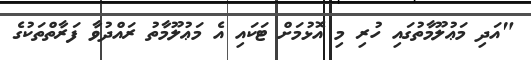
"އަދި މަޢުލޫމާތުގައި ހުރި މި އޮޅުމަށް ޓަކައި އެ މަޢުލޫމާތު ރައްދުވާ ފަރާތްތަކުގެ